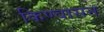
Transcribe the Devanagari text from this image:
किण्वासन